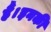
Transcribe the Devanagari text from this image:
हैं।इनकी